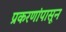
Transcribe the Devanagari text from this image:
प्रकरणांपासून